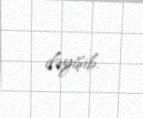
dəyişib.